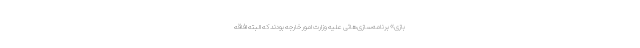
بازی» برنامه‌سازی‌هائی علیه وزارت امور خارجه بودند که البته افاقه